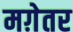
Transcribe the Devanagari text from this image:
मग़ेतर